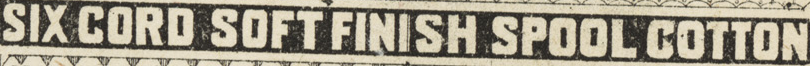
SIX CORD SOFT FINISH SPOOL COTTON